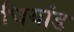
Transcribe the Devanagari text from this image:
चियांड